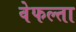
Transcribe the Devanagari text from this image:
वेफल्ता